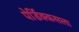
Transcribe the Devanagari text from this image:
पेर्डिक्कसला